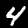
Label: 4